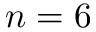
n = 6